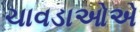
ચાવડાઓએ